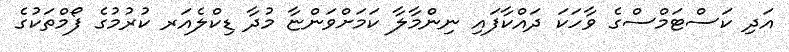
އަދި ކަސްޓަމްސްގެ ވާހަކަ ދައްކާފައި ނިންމާލާ ކަމަށްވަންޏާ މުދާ ޑިކްލެއަރ ކުރުމުގެ ފޯމްތަކުގެ